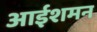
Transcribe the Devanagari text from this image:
आईशमन